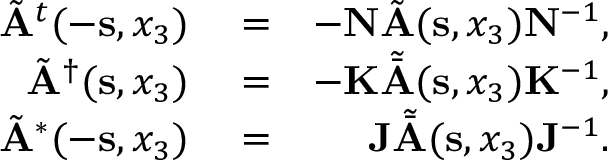
\begin{array} { r l r } { \tilde { \bf A } ^ { t } ( - { { \bf s } } , x _ { 3 } ) } & { { } = } & { - { \bf N } \tilde { \bf A } ( { { \bf s } } , x _ { 3 } ) { \bf N } ^ { - 1 } , } \\ { \tilde { \bf A } ^ { \dagger } ( { { \bf s } } , x _ { 3 } ) } & { { } = } & { - { \bf K } { \tilde { \bar { \bf A } } } ( { { \bf s } } , x _ { 3 } ) { \bf K } ^ { - 1 } , } \\ { \tilde { \bf A } ^ { * } ( - { { \bf s } } , x _ { 3 } ) } & { { } = } & { { \bf J } { \tilde { \bar { \bf A } } } ( { { \bf s } } , x _ { 3 } ) { \bf J } ^ { - 1 } . } \end{array}